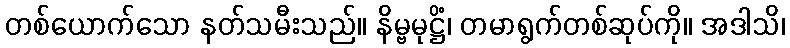
တစ်ယောက်သော နတ်သမီးသည်။ နိမ္ဗမုဋ္ဌိံ၊ တမာရွက်တစ်ဆုပ်ကို။ အဒါသိ၊